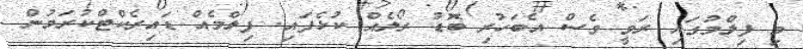
މި ފިލްމުގައި ރަވީ ވެސް އެބަހުރި ބޮޑު ރޯލެއް ކުޅެފައި. ފިލްމެއް ޑައިރެކްޓްކުރަމުން